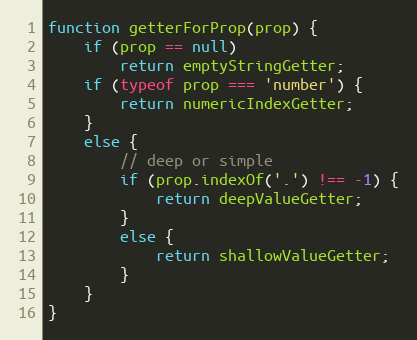
Language: JavaScript
function getterForProp(prop) {
    if (prop == null)
        return emptyStringGetter;
    if (typeof prop === 'number') {
        return numericIndexGetter;
    }
    else {
        // deep or simple
        if (prop.indexOf('.') !== -1) {
            return deepValueGetter;
        }
        else {
            return shallowValueGetter;
        }
    }
}